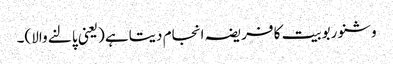
وشنو ربوبیت کا فریضہ انجام دیتاہے (یعنی پالنے والا)۔